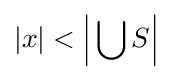
|x|<{\Bigl |}\bigcup S{\Bigr |}